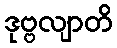
ဒုဗ္ဗလျာတိ